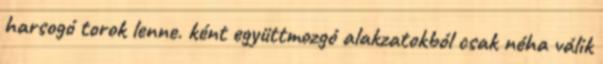
harsogó torok lenne. ként együttmozgó alakzatokból csak néha válik